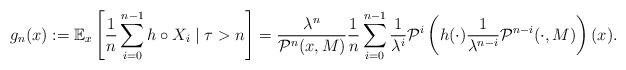
\begin{align*} g_n(x) &:= \mathbb E_x\left[\frac{1}{n}\sum_{i=0}^{n-1} h\circ X_i \mid \tau >n\right]= \frac{\lambda^n}{\mathcal P^n(x,M)} \frac{1}{n}\sum_{i=0}^{n-1} \frac{1}{\lambda^i} \mathcal P^i\left(h(\cdot) \frac{1}{\lambda^{n-i}}\mathcal P^{n-i}(\cdot,M)\right)(x).\end{align*}